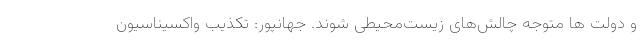
و دولت ها متوجه چالش‌های زیست‌محیطی شوند. جهانپور: تکذیب واکسیناسیون